Annual report on the lock hospitals of the Madras Presidency
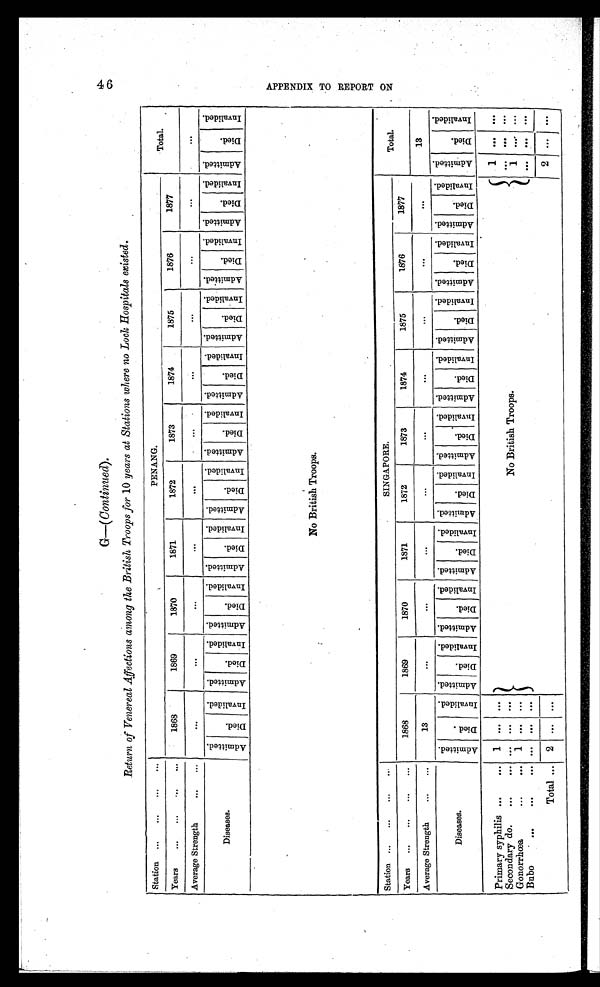
G—( Continued).
Return of Venereal Affections among the British Troops for 10 years at Stations where no Lock Hospitals existed.
Station ... ... ... ...
PENANG.
Total.
Years ... ... ... ...
1868
1869
1870
1871
1872
1873
1874
1875
1876
1877
Average Strength
... ...
. . .
. . .
...
. . .
...
. . .
. . .
. . .
. . .
...
. . .
Diseases.
A d m i t t e d .
D i e d .
I n v a l i d e d . A d m i t t e d .
D i e d .
I n v a l i d e d . A d m i t t e d .
D i e d .
I n v a l i d e d .
Admitted. D i e d .
I n v a l i d e d . A d m i t t e d .
D i e d .
I n v a l l i d e d . A d m i t t e d .
Died.
I n v a l i d e d . A d m i t t e d .
D i e d .
I n v a l i d e d . A d m i t t e d .
D i e d .
I n v a l i d e d . A d m i t t e d .
D i e d .
I n v a l i d e d . A d m i t t e d .
D i e d .
I n v a l i d e d . A d m i t t e d .
D i e d .
I n v a l i d e d .
No British Troops.
Station ...
...
... ...
SINGAPORE.
Total.
Years ... ... ... ...
1868
1869
1870
1871
1872
1873
1874
1875
1876
1877
Average Strength ... ...
13
...
. . .
. . .
. . .
. . .
. . .
. . .
. . .
. . .
13
Diseases.
A d m i t t e d .
D i e d .
I n v a l i d e d . A d m i t t e d .
D i e d .
I n v a l i d e d . A d m i t t e d .
D i e d .
I n v a l i d e d . A d m i t t e d .
D i e d .
I n v a l i d e d . A d m i t t e d .
D i e d .
I n v a l i d e d . A d m i t t e d .
D i e d .
I n v a l i d e d . A d m i t t e d .
D i e d .
I n v a l i d e d . A d m i t t e d .
D i e d .
I n v a l i d e d . A d m i t t e d .
D i e d .
I n v a l i d e d . A d m i t t e d .
D i e d .
I n v a l i d e d . A d m i t t e d .
D i e d .
I n v a l i d e d .
Primary syphilis ...
...
1 ...
. . .
No British Troops.
1 . . . . . .
Secondary do. ...
...
. . . ...
. . .
. . . . . . . . .
Gonorrhœa
...
... 1 ...
. . .
1
. . . . . .
Bubo ... ... ...
. . . ...
. . .
. . . . . . . . .
Total ... 2 ...
. . .
2
. . . ...
4 6 A P P E N D I X T O R E P O R T O N